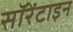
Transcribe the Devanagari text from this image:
सॉरेंटाइन